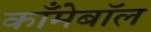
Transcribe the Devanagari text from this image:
काँमेबॉल